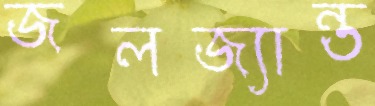
জলজ্যান্ত